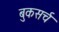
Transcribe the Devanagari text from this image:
बुकसर्च